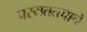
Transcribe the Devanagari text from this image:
परमतत्त्वाचे